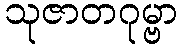
သုဇာတဂုမ္ဗာ